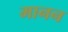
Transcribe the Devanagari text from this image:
मानन